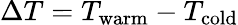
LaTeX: \Delta T=T_{\mathrm{warm}}-T_{\mathrm{cold}}